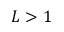
L > 1